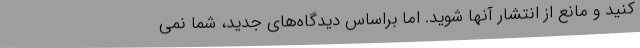
کنید و مانع از انتشار آنها شوید. اما براساس دیدگاه‌های جدید، شما نمی